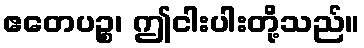
ဧတေပဉ္စ၊ ဤငါးပါးတို့သည်။